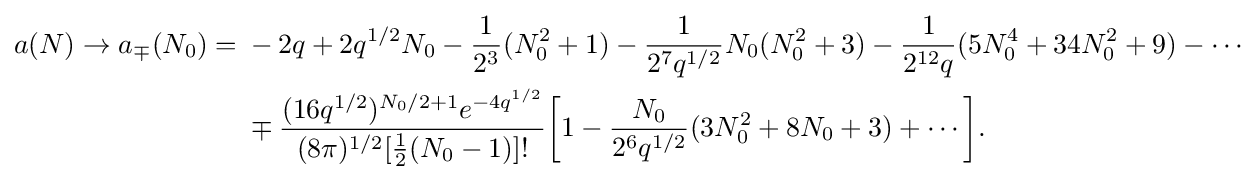
{\begin{aligned}a(N)\to a_{\mp }(N_{0})={}&-2q+2q^{1/2}N_{0}-{\frac {1}{2^{3}}}(N_{0}^{2}+1)-{\frac {1}{2^{7}q^{1/2}}}N_{0}(N_{0}^{2}+3)-{\frac {1}{2^{12}q}}(5N_{0}^{4}+34N_{0}^{2}+9)-\cdots \\&\mp {\frac {(16q^{1/2})^{N_{0}/2+1}e^{-4q^{1/2}}}{(8\pi )^{1/2}[{\frac {1}{2}}(N_{0}-1)]!}}{\bigg [}1-{\frac {N_{0}}{2^{6}q^{1/2}}}(3N_{0}^{2}+8N_{0}+3)+\cdots {\bigg ]}.\end{aligned}}